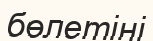
бөлетіні